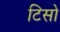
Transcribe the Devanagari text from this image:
टिसो